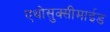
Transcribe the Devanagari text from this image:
एथोसुक्सीमाईड